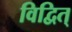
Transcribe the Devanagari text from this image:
विद्वित्